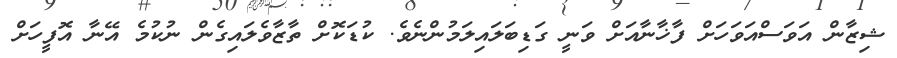
ޝިޒާން އަވަސްއަވަހަށް ފާޚާނާއަށް ވަނީ ގަޑިބަލައިލަމުންނެވެ. ކުޑަކޮށް ތާޒާވެލައިގެން ނުކުމެ އޭނާ އޮފީހަށް